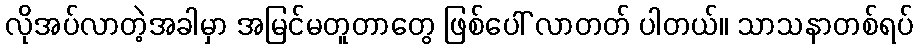
လိုအပ်လာတဲ့အခါမှာ အမြင်မတူတာတွေ ဖြစ်ပေါ် လာတတ် ပါတယ်။ သာသနာတစ်ရပ်